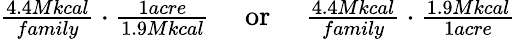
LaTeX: \begin{array}{rlr}{\frac{4.4Mkcal}{family}\cdot\frac{1acre}{1.9Mkcal}}&{{}\textrm{~~or~~}}&{\frac{4.4Mkcal}{family}\cdot\frac{1.9Mkcal}{1acre}}\end{array}